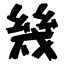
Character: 幾